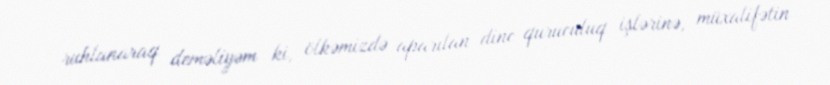
ruhlanaraq deməliyəm ki, ölkəmizdə aparılan dinc quruculuq işlərinə, müxalifətin